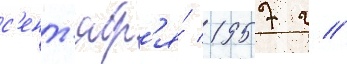
с'ент'ябр'я́ 1957 г //